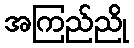
အကြည်ညို